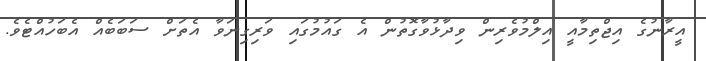
އީރާނުގެ އިޖްތިމާއީ އިލްމުވެރިން ވިދާޅުވާގޮތުން އެ ގައުމުގައި ވަރިގިނަވާ އެތަށް ސަބަބެއް އެބަހުއްޓެވެ.